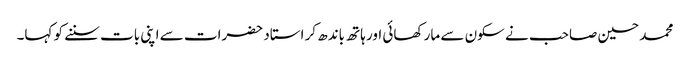
محمد حسین صاحب نے سکون سے مار کھائی اور ہاتھ باندھ کر استاد حضرات سے اپنی بات سننے کو کہا۔